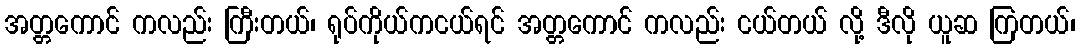
အတ္တကောင် ကလည်း ကြီးတယ်၊ ရုပ်ကိုယ်ကငယ်ရင် အတ္တကောင် ကလည်း ငယ်တယ် လို့ ဒီလို ယူဆ ကြတယ်၊